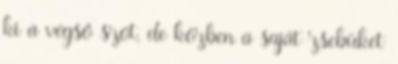
ki a végsô szót, de közben a saját zsebüket